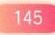
145